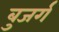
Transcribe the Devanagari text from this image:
बुजर्ग